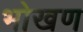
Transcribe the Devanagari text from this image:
भोखण